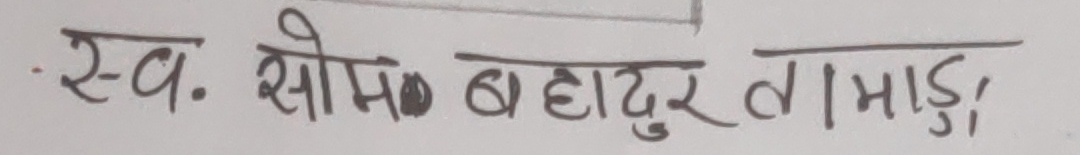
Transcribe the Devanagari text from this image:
स्व. सोमक बहादुर तामाङ